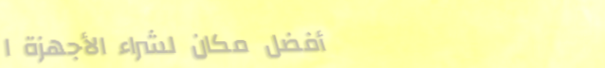
أفضل مكان لشراء الأجهزة ا